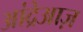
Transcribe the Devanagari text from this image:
आंद्रेआज़